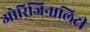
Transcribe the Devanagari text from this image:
ओरिजिनालिटी